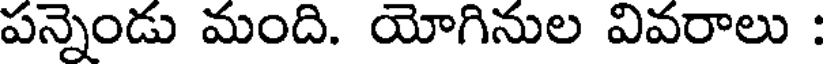
పన్నెండు మంది. యోగినుల వివరాలు :